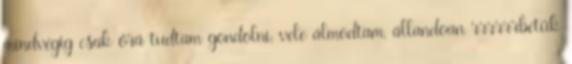
mindvégig csak őrá tudtam gondolni, vele álmodtam, állandoan rrrrrrbetűk